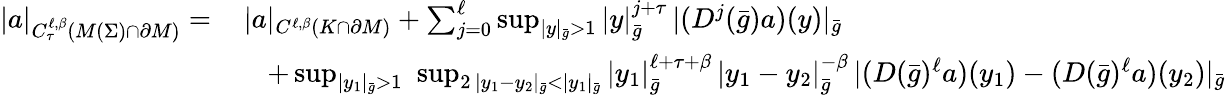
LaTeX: \begin{array}{rl}{|a|_{C_{\tau}^{\ell,\beta}(M(\Sigma)\cap\partial M)}=}&{\, |a|_{C^{\ell,\beta}(K\cap\partial M)}+\sum_{j=0}^{\ell}\operatorname*{sup}_{|y|_{\bar{g}}>1}|y|_{\bar{g}}^{j+\tau}\, |(D^{j}(\bar{g})a)(y)|_{\bar{g}}}\\ &{\quad+\operatorname*{sup}_{|y_{1}|_{\bar{g}}>1}\, \, \operatorname*{sup}_{2\, |y_{1}-y_{2}|_{\bar{g}}<|y_{1}|_{\bar{g}}}|y_{1}|_{\bar{g}}^{\ell+\tau+\beta}\, |y_{1}-y_{2}|_{\bar{g}}^{-\beta}\, |(D(\bar{g})^{\ell}a)(y_{1})-(D(\bar{g})^{\ell}a)(y_{2})|_{\bar{g}}}\end{array}